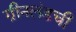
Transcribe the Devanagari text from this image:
ग्रीनलंडची